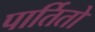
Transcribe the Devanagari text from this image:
पार्तितो